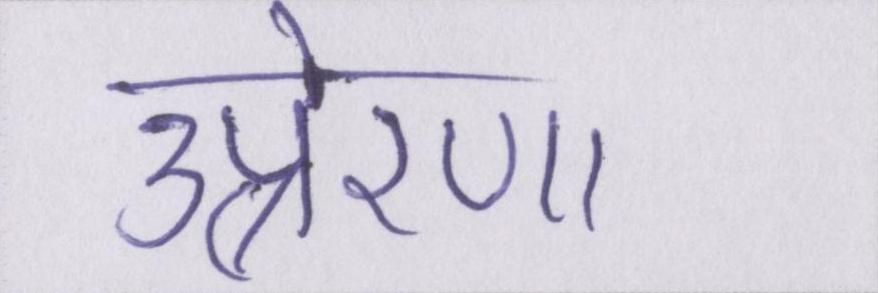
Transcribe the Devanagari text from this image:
उत्प्रेरणा